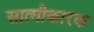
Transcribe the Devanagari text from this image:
सात्मीकारक